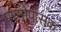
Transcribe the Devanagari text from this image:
परमोपासक